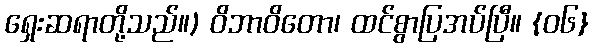
ရှေးဆရာတို့သည်။) ဝိဘာဝိတော၊ ထင်စွာပြအပ်ပြီ။ {၀၆}